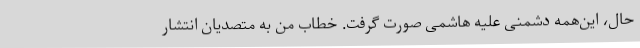
حال، این‌همه دشمنی علیه هاشمی صورت گرفت. خطاب من به متصدیان انتشار